Annual report of the Bengal Veterinary College and of the Civil Veterinary Department, Bengal, for the year 1911-1912 - 1911-1912
Year: 1911
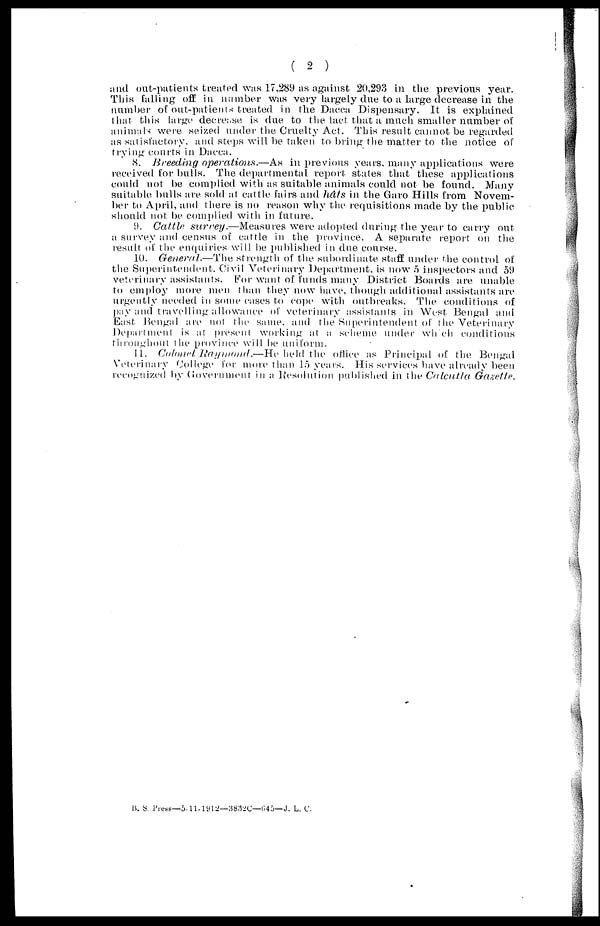
( 2 )
and out-patients treated was 17,289 as against 20,293 in the previous year.
This falling off in number was very largely due to a large decrease in the
number of out-patients treated in the Dacca Dispensary. It is explained
that this large decrease is due to the fact that a much smaller number of
animals were seized under the Cruelty Act. This result cannot be regarded
as satisfactory, and steps will be taken to bring the matter to the notice of
trying courts in Dacca.
8. Breeding operations.—As
in previous years, many applications were
received for bulls. The departmental report states that these applications
could not be complied with as suitable animals could not be found. Many
suitable bulls are sold at cattle fairs and hats in the Garo Hills from Novem-
ber to April, and there is no reason why the requisitions made by the public
should not be complied with in future.
9. Cattle surcey.—Measures
were adopted during the year to carry out
a survey and census of cattle in the province. A separate report on the
result of the enquiries will be published in due course.
10. General.—The strength of the subordinate staff under the control of
the Superintendent. Civil Veterinary Department, is now .5 inspectors and 59
veterinary assistants. For want of funds many District Boards are unable
to employ more men than they now have, though additional assistants are
urgently needed in some cases to cope with outbreaks. The conditions of
pay and travelling allowance of veterinary assistants in West Bengal and
East Bengal are not the same and the Superintendent of the Veterinary
Department is at present working at a scheme under which conditions
throughout the province will he uniform.
11. Colonel Raymond.—He held the office as Principal of the Bengal
Veterinary College for more than 15 years. His services have already been
recognized by Government in a Resolution published in the Calcutta
Gazette.
B. S. Press—5-11-1912—3832C—645—J. L. C.